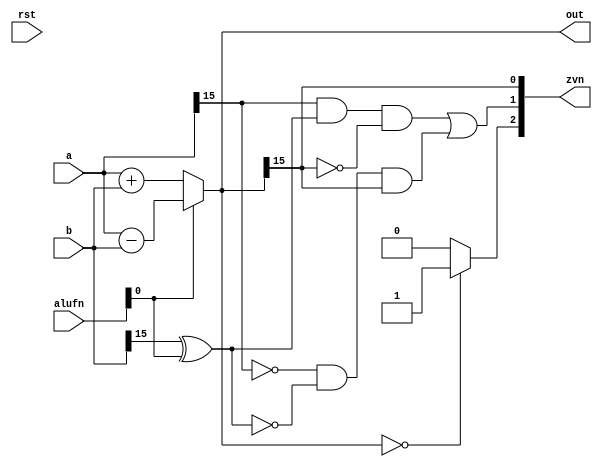
/*
   This file was generated automatically by Alchitry Labs version 1.2.7.
   Do not edit this file directly. Instead edit the original Lucid source.
   This is a temporary file and any changes made to it will be destroyed.
*/

module adder_16 (
    input rst,
    input [15:0] a,
    input [15:0] b,
    input [5:0] alufn,
    output reg [2:0] zvn,
    output reg [15:0] out
  );
  
  
  
  reg [15:0] s;
  
  always @* begin
    s = 16'h0000;
    if (alufn[0+0-:1] == 1'h0) begin
      s = a + b;
    end
    if (alufn[0+0-:1] == 1'h1) begin
      s = a - b;
    end
    zvn[0+0-:1] = s[15+0-:1];
    zvn[1+0-:1] = (a[15+0-:1] & (b[15+0-:1] ^ alufn[0+0-:1]) & !s[15+0-:1]) | (!a[15+0-:1] & !(b[15+0-:1] ^ alufn[0+0-:1]) & s[15+0-:1]);
    zvn[2+0-:1] = 1'h0;
    if (s == 16'h0000) begin
      zvn[2+0-:1] = 1'h1;
    end
    out = s;
  end
endmodule